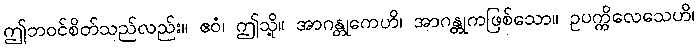
ဤဘဝင်စိတ်သည်လည်း။ ဧဝံ၊ ဤသို့။ အာဂန္တုကေဟိ၊ အာဂန္တုကဖြစ်သော။ ဥပက္ကိလေသေဟိ၊